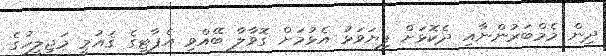
ދިން މެމްބަރުންނާއި ދެކޮޅަށް ފިޔަވަޅު އެޅުމަށް ގޮވާލާ ބޭއްވި އެޕާޓީގެ ޤައުމީ މަޖިލީީހުގެ